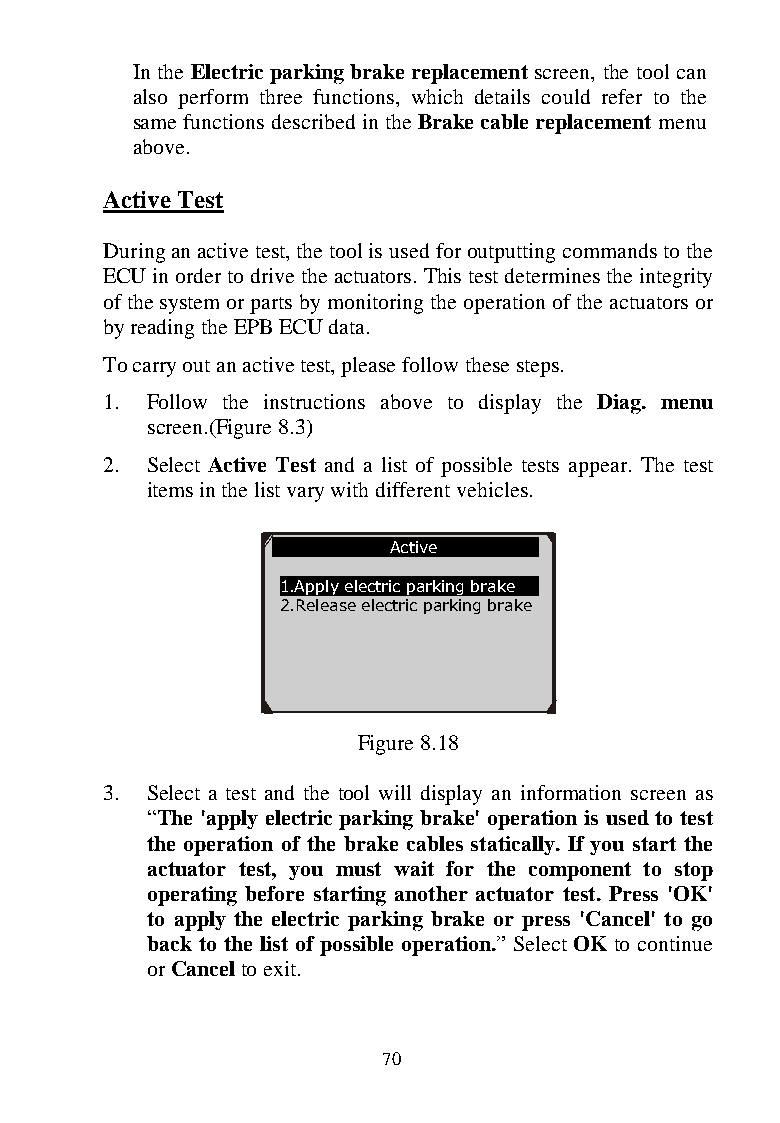
In the Electric parking brake replacement screen, the tool can
 also perform three functions, which details could refer to the
 same functions described in the Brake cable replacement menu
 above.
 Active Test
 During an active test, the tool is used for outputting commands to the
 ECU in order to drive the actuators. This test determines the integrity
 of the system or parts by monitoring the operation of the actuators or
 by reading the EPB ECU data.
 To carry out an active test, please follow these steps.
 1. Follow the instructions above to display the Diag. menu
 screen.(Figure 8.3)
 2. Select Active Test and a list of possible tests appear. The test
 items in the list vary with different vehicles.
 Active
 1.Apply electric parking brake
 2.Release electric parking brake
 Figure 8.18
 3. Select a test and the tool will display an information screen as
 “The 'apply electric parking brake' operation is used to test
 the operation of the brake cables statically. If you start the
 actuator test, you must wait for the component to stop
 operating before st arting another actuator test. Press 'OK'
 to apply the electric parking brake or press 'Cancel' to go
 back to the list of possible operation.” Select OK to continue
 or Cancel to exit.
 70